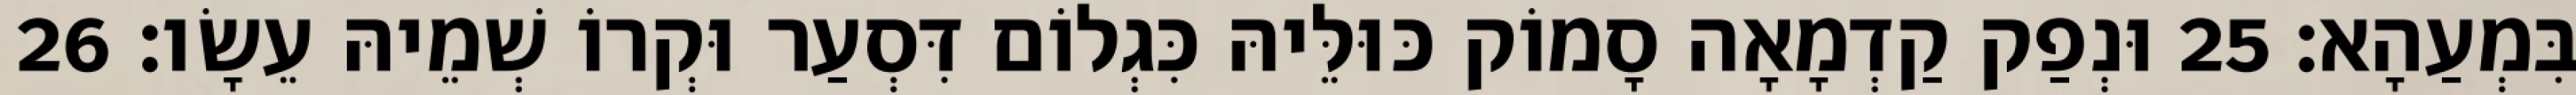
בִּמְעַהָא׃ 25 וּנְפַק קַדְמָאָה סָמוֹק כּוּלֵּיהּ כִּגְלוֹם דִּסְעַר וּקְרוֹ שְׁמֵיהּ עֵשָׂו׃ 26